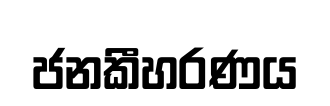
ජනකීහරණය